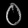
Digit: ၀